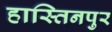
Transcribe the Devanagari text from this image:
हास्तिनपुर